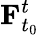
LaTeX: \mathbf{F}_{t_{0}}^{t}